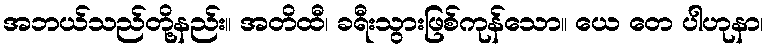
အဘယ်သည်တို့နည်း။ အတိထီ၊ ခရီးသွားဖြစ်ကုန်သော။ ယေ တေ ပါဟုနာ၊